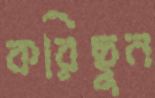
করিছুন